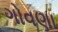
ગોવણા